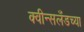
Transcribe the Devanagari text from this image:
क्वीन्सलँडच्या